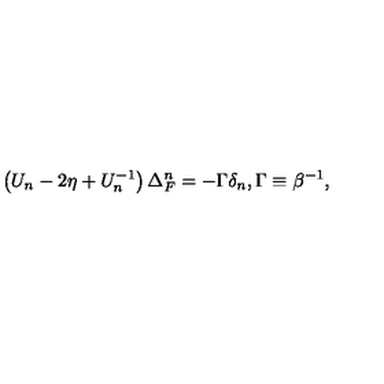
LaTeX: \left( U _ { n } - 2 \eta + U _ { n } ^ { - 1 } \right) \Delta _ { F } ^ { n } = - \Gamma \delta _ { n } , \Gamma \equiv \beta ^ { - 1 } ,